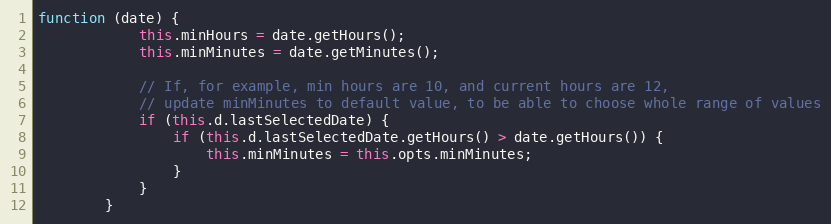
Language: JavaScript
function (date) {
            this.minHours = date.getHours();
            this.minMinutes = date.getMinutes();

            // If, for example, min hours are 10, and current hours are 12,
            // update minMinutes to default value, to be able to choose whole range of values
            if (this.d.lastSelectedDate) {
                if (this.d.lastSelectedDate.getHours() > date.getHours()) {
                    this.minMinutes = this.opts.minMinutes;
                }
            }
        }